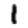
Digit: 1